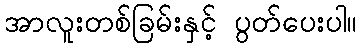
အာလူးတစ်ခြမ်းနှင့် ပွတ်ပေးပါ။